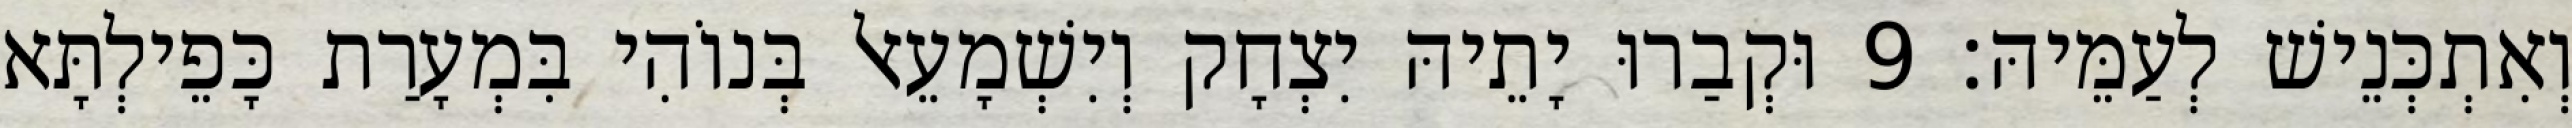
וְאִתְכְּנֵישׁ לְעַמֵּיהּ׃ 9 וּקְבַרוּ יָתֵיהּ יִצְחָק וְיִשְׁמָעֵאל בְּנוֹהִי בִּמְעָרַת כָּפֵילְתָּא